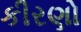
કીરણો